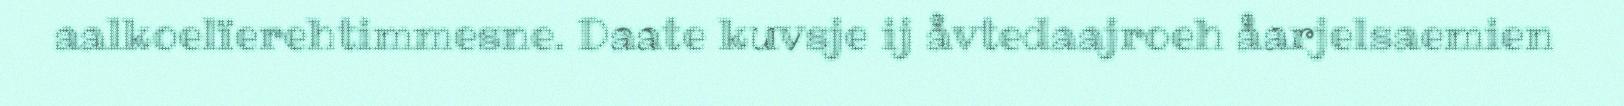
aalkoelïerehtimmesne. Daate kuvsje ij åvtedaajroeh åarjelsaemien